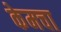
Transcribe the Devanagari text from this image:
केमचा